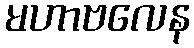
မဟာဗလေန